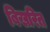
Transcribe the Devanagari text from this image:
बिखरित